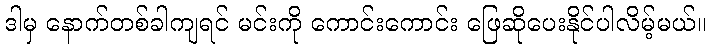
ဒါမှ နောက်တစ်ခါကျရင် မင်းကို ကောင်းကောင်း ဖြေဆိုပေးနိုင်ပါလိမ့်မယ်။